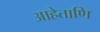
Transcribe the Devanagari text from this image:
आहेताणि